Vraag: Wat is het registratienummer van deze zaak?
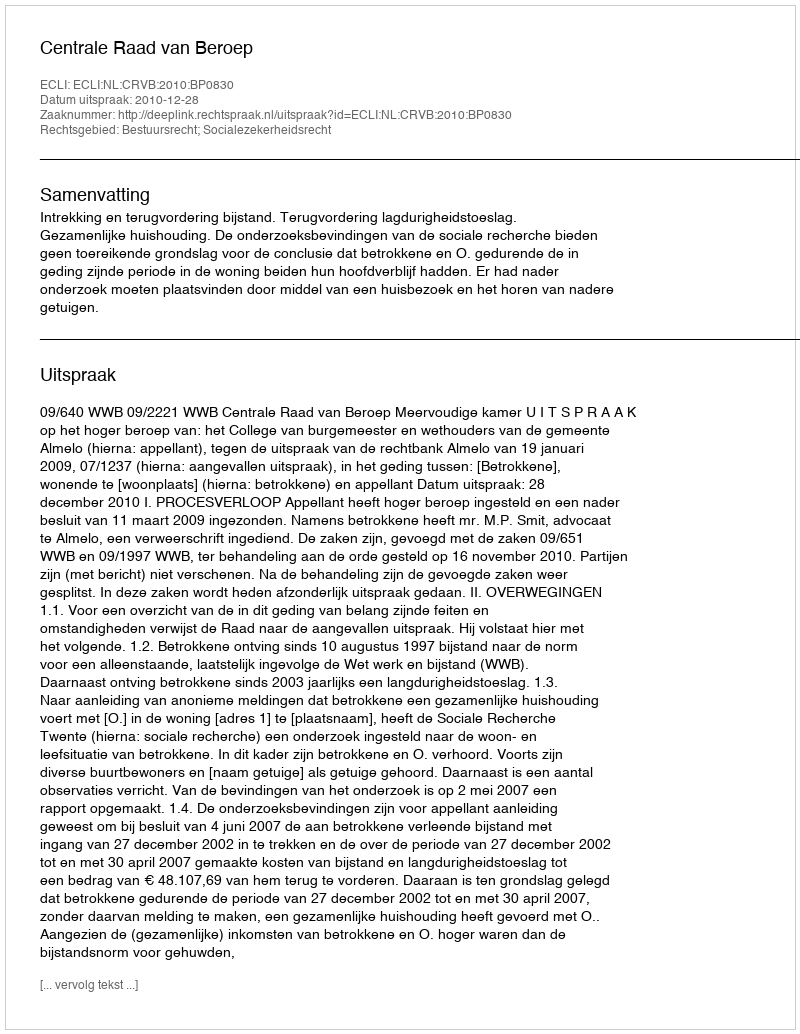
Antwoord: http://deeplink.rechtspraak.nl/uitspraak?id=ECLI:NL:CRVB:2010:BP0830